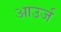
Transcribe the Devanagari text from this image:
आउर्ज